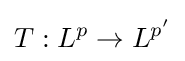
T:L^{p}\to L^{p'}